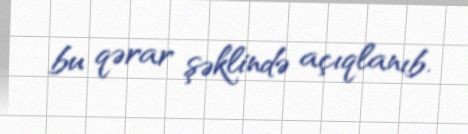
bu qərar şəklində açıqlanıb.